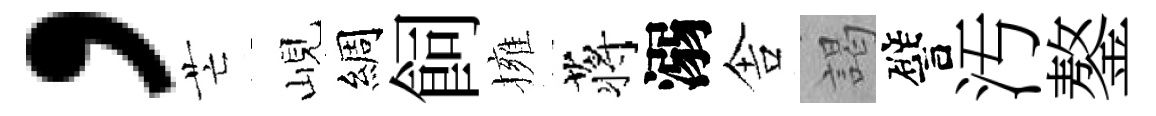
，芒峴綢飼擁蒋溺舎謁譬汚鏊